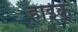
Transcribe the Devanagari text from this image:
हाईकू